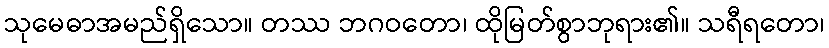
သုမေဓာအမည်ရှိသော။ တဿ ဘဂဝတော၊ ထိုမြတ်စွာဘုရား၏။ သရီရတော၊